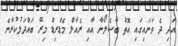
އަދި ދެ ވަނައިގައި އޮތް ބާސެލޯނާ އާއި ރެއާލް މެޑްރިޑް މިރޭ ބައްދަލުކުރާނެ